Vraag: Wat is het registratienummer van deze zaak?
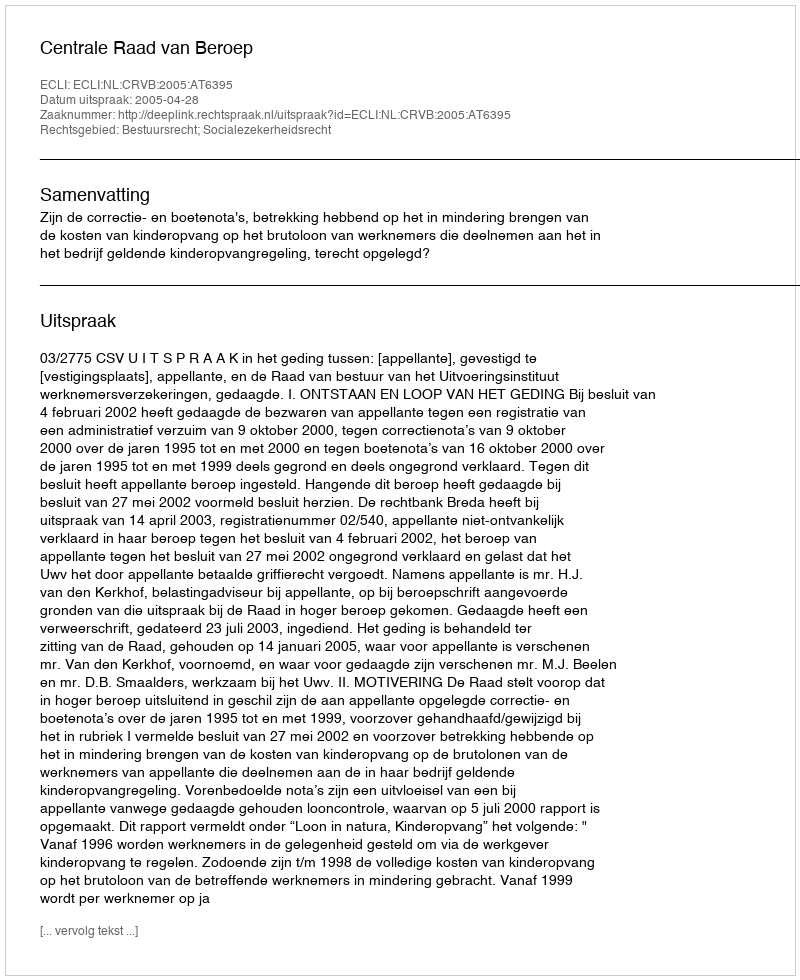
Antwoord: http://deeplink.rechtspraak.nl/uitspraak?id=ECLI:NL:CRVB:2005:AT6395